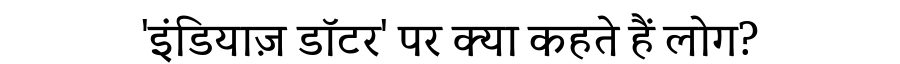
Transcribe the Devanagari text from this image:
'इंडियाज़ डॉटर' पर क्या कहते हैं लोग?